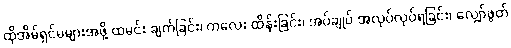
ထိုအိမ်ရှင်မများအဖို့ ထမင်း ချက်ခြင်း၊ ကလေး ထိန်းခြင်း၊ အပ်ချုပ် အလုပ်လုပ်ရခြင်း၊ လျှော်ဖွတ်